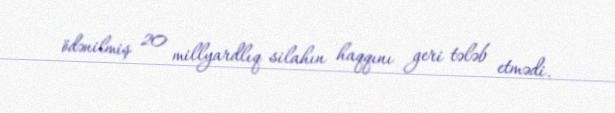
ödənilmiş 20 millyardlıq silahın haqqını geri tələb etmədi.